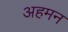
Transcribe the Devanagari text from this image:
अहमन